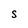
Character: S